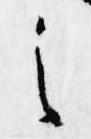
之